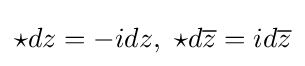
\star dz=-idz,\,\,\star d{\overline {z}}=id{\overline {z}}